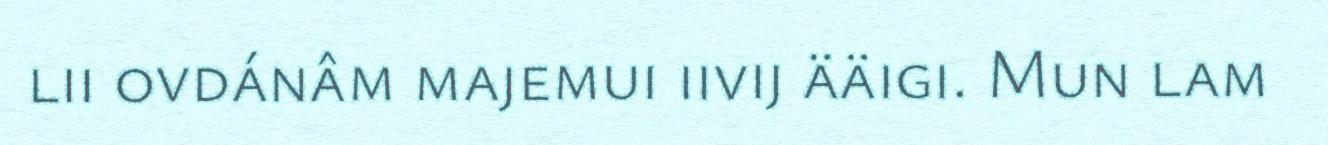
lii ovdánâm majemui iivij ääigi. Mun lam